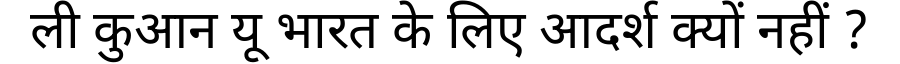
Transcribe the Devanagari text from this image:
ली कुआन यू भारत के लिए आदर्श क्यों नहीं ?